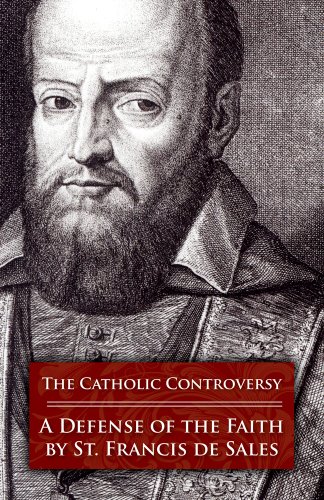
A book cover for The Catholic Controversy: A Defense of the Faith; St. Francis de Sales; Christian Books & Bibles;